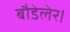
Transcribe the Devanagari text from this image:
बौडेलेर।